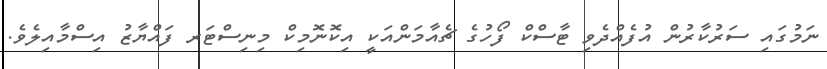
ނަމުގައި ސަރުކާރުން އުފެއްދެވި ޓާސްކް ފޯހުގެ ޗެއާމަންއަކީ އިކޮނޮމިކް މިނިސްޓަރ ފައްޔާޒު އިސްމާއިލެވެ.